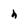
Character: h